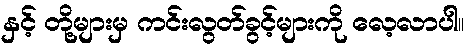
နှင့် တို့များမှ ကင်းလွတ်ခွင့်များကို လေ့လာပါ။